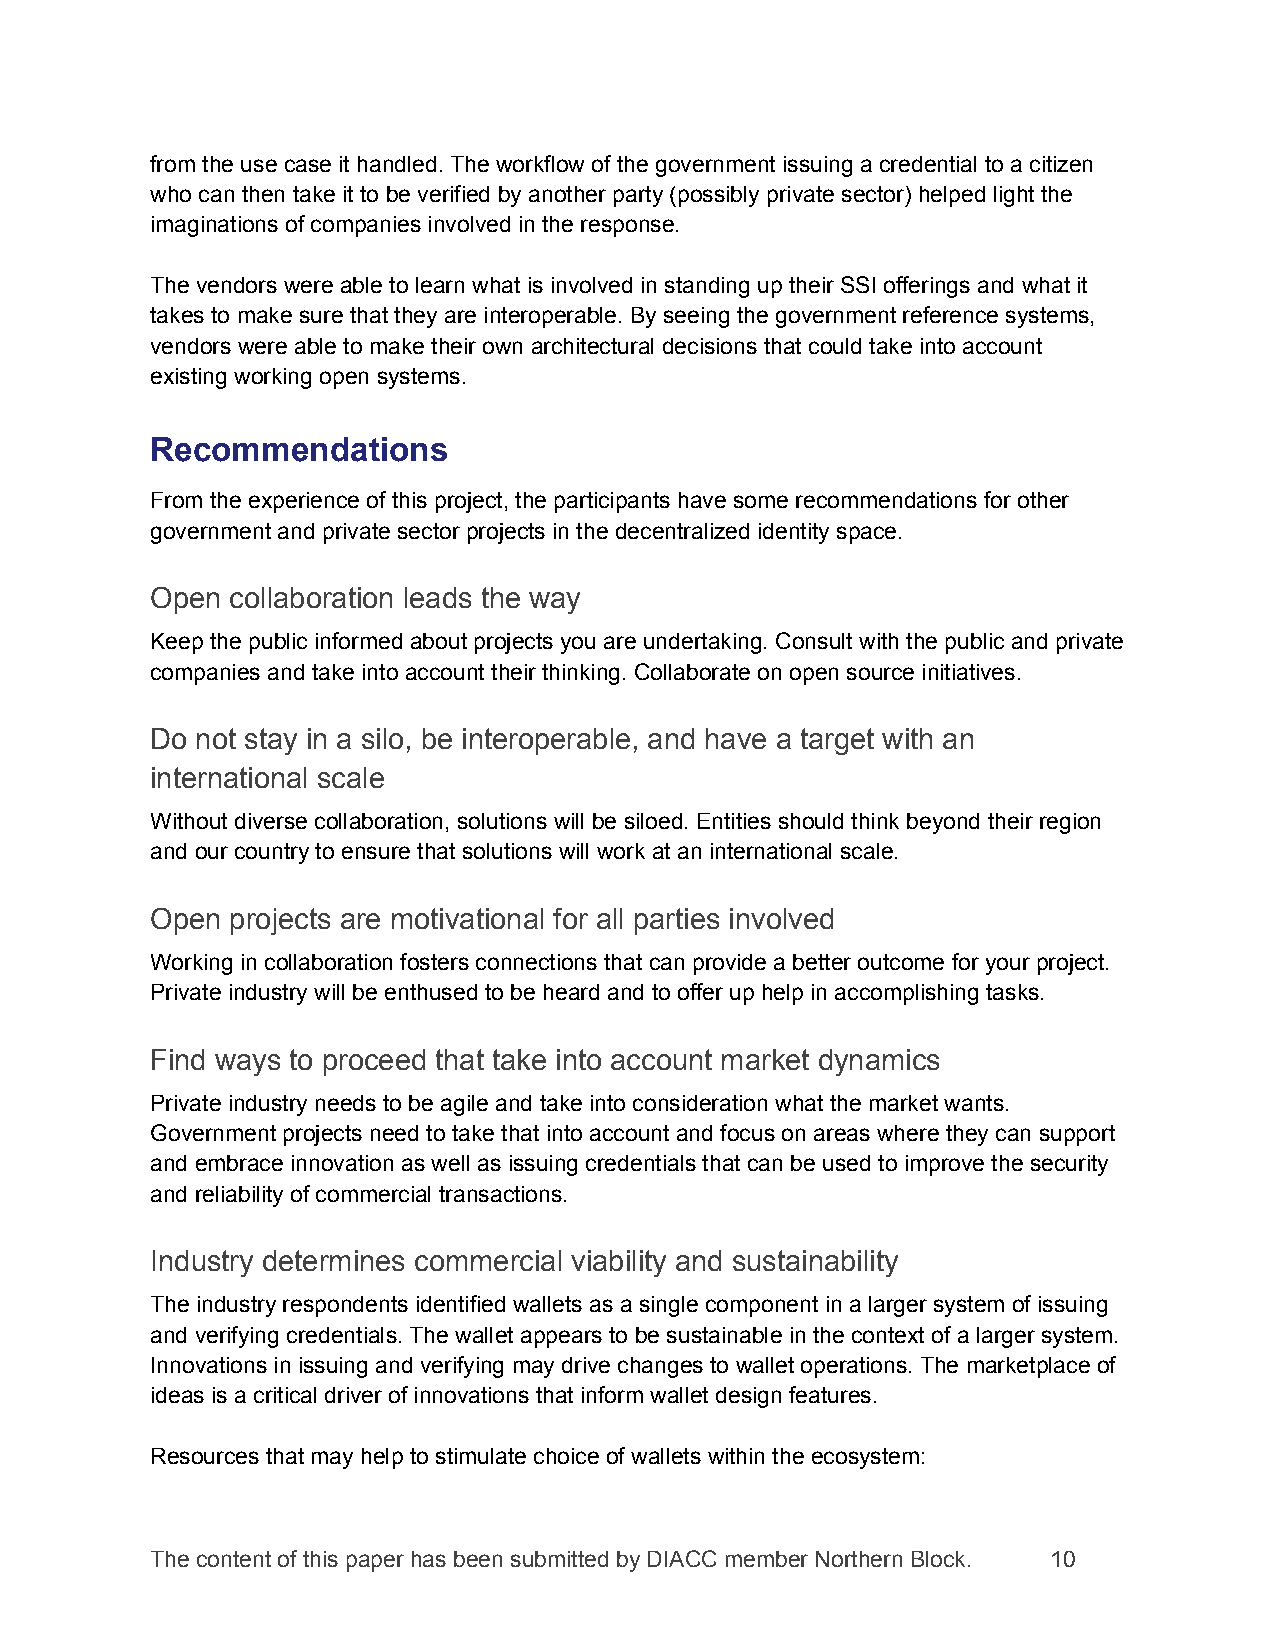
from the use case it handled. The workflow of the government issuing a credential to a citizen
 who can then take it to be verified by another party (possibly private sector) helped light the
 imaginations of companies involved in the response.
 The vendors were able to learn what is involved in standing up their SSI offerings and what it
 takes to make sure that they are interoperable. By seeing the government reference systems,
 vendors were able to make their own architectural decisions that could take into account
 existing working open systems.
 Recommendations
 From the experience of this project, the participants have some recommendations for other
 government and private sector projects in the decentralized identity space.
 Open collaboration leads the way
 Keep the public informed about projects you are undertaking. Consult with the public and private
 companies and take into account their thinking. Collaborate on open source initiatives.
 Do not stay in a silo, be interoperable, and have a target with an
 international scale
 Without diverse collaboration, solutions will be siloed. Entities should think beyond their region
 and our country to ensure that solutions will work at an international scale.
 Open projects are motivational for all parties involved
 Working in collaboration fosters connections that can provide a better outcome for your project.
 Private industry will be enthused to be heard and to offer up help in accomplishing tasks.
 Find ways to proceed that take into account market dynamics
 Private industry needs to be agile and take into consideration what the market wants.
 Government projects need to take that into account and focus on areas where they can support
 and embrace innovation as well as issuing credentials that can be used to improve the security
 and reliability of commercial transactions.
 Industry determines commercial viability and sustainability
 The industry respondents identified wallets as a single component in a larger system of issuing
 and verifying credentials. The wallet appears to be sustainable in the context of a larger system.
 Innovations in issuing and verifying may drive changes to wallet operations. The marketplace of
 ideas is a critical driver of innovations that inform wallet design features.
 Resources that may help to stimulate choice of wallets within the ecosystem:
 The content of this paper has been submitted by DIACC member Northern Block. 10